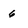
Character: 6